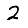
Digit: 2